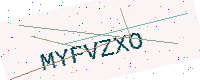
Text: MYFVZXO